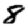
Digit: 8